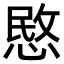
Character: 愍